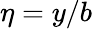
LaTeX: \eta=y/b